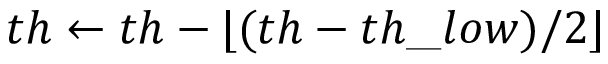
t h \leftarrow t h - \lfloor ( t h - t h \_ l o w ) / 2 \rfloor